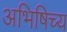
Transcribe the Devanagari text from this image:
अभिषिच्य